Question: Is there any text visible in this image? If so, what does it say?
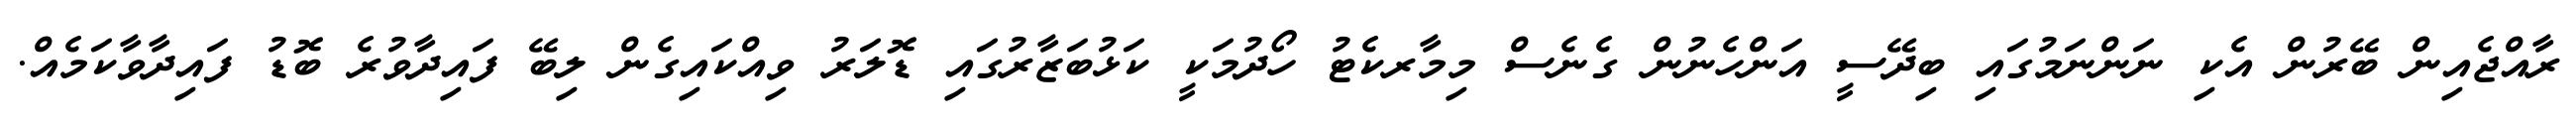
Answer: ރާއްޖެއިން ބޭރުން އެކި ނަންނަމުގައި ބިދޭސީ އަންހެނުން ގެނެސް މިމާރކެޓު ހޯދުމަކީ ކަޅުބަޒާރުގައި ޑޮލަރު ވިއްކައިގެން ލިބޭ ފައިދާވުރެ ބޮޑު ފައިދާވާކަމެއް.